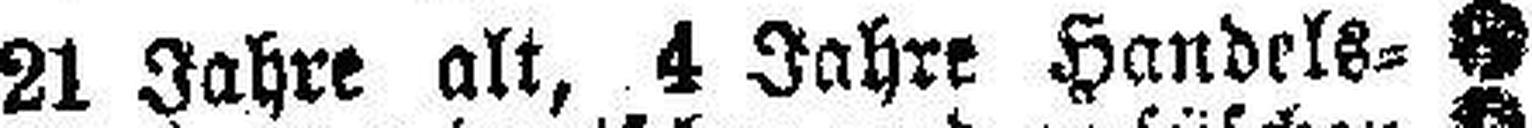
21 Jahre alt, 4 Jahre Handels¬